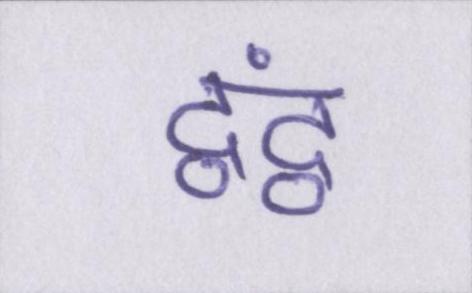
द्वंद्व